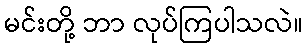
မင်းတို့ ဘာ လုပ်ကြပါသလဲ။